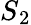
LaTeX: S{_2}